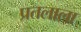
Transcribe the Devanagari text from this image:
प्रतलाला